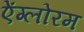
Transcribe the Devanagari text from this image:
ऐंग्लोरम